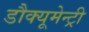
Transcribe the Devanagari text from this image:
डौक्यूमेन्ट्री